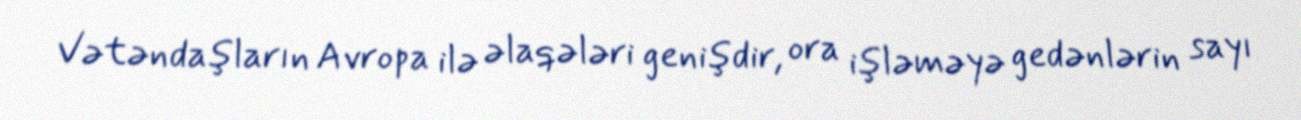
Vətəndaşların Avropa ilə əlaqələri genişdir, ora işləməyə gedənlərin sayı